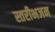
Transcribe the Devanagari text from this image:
स्तरीभजन